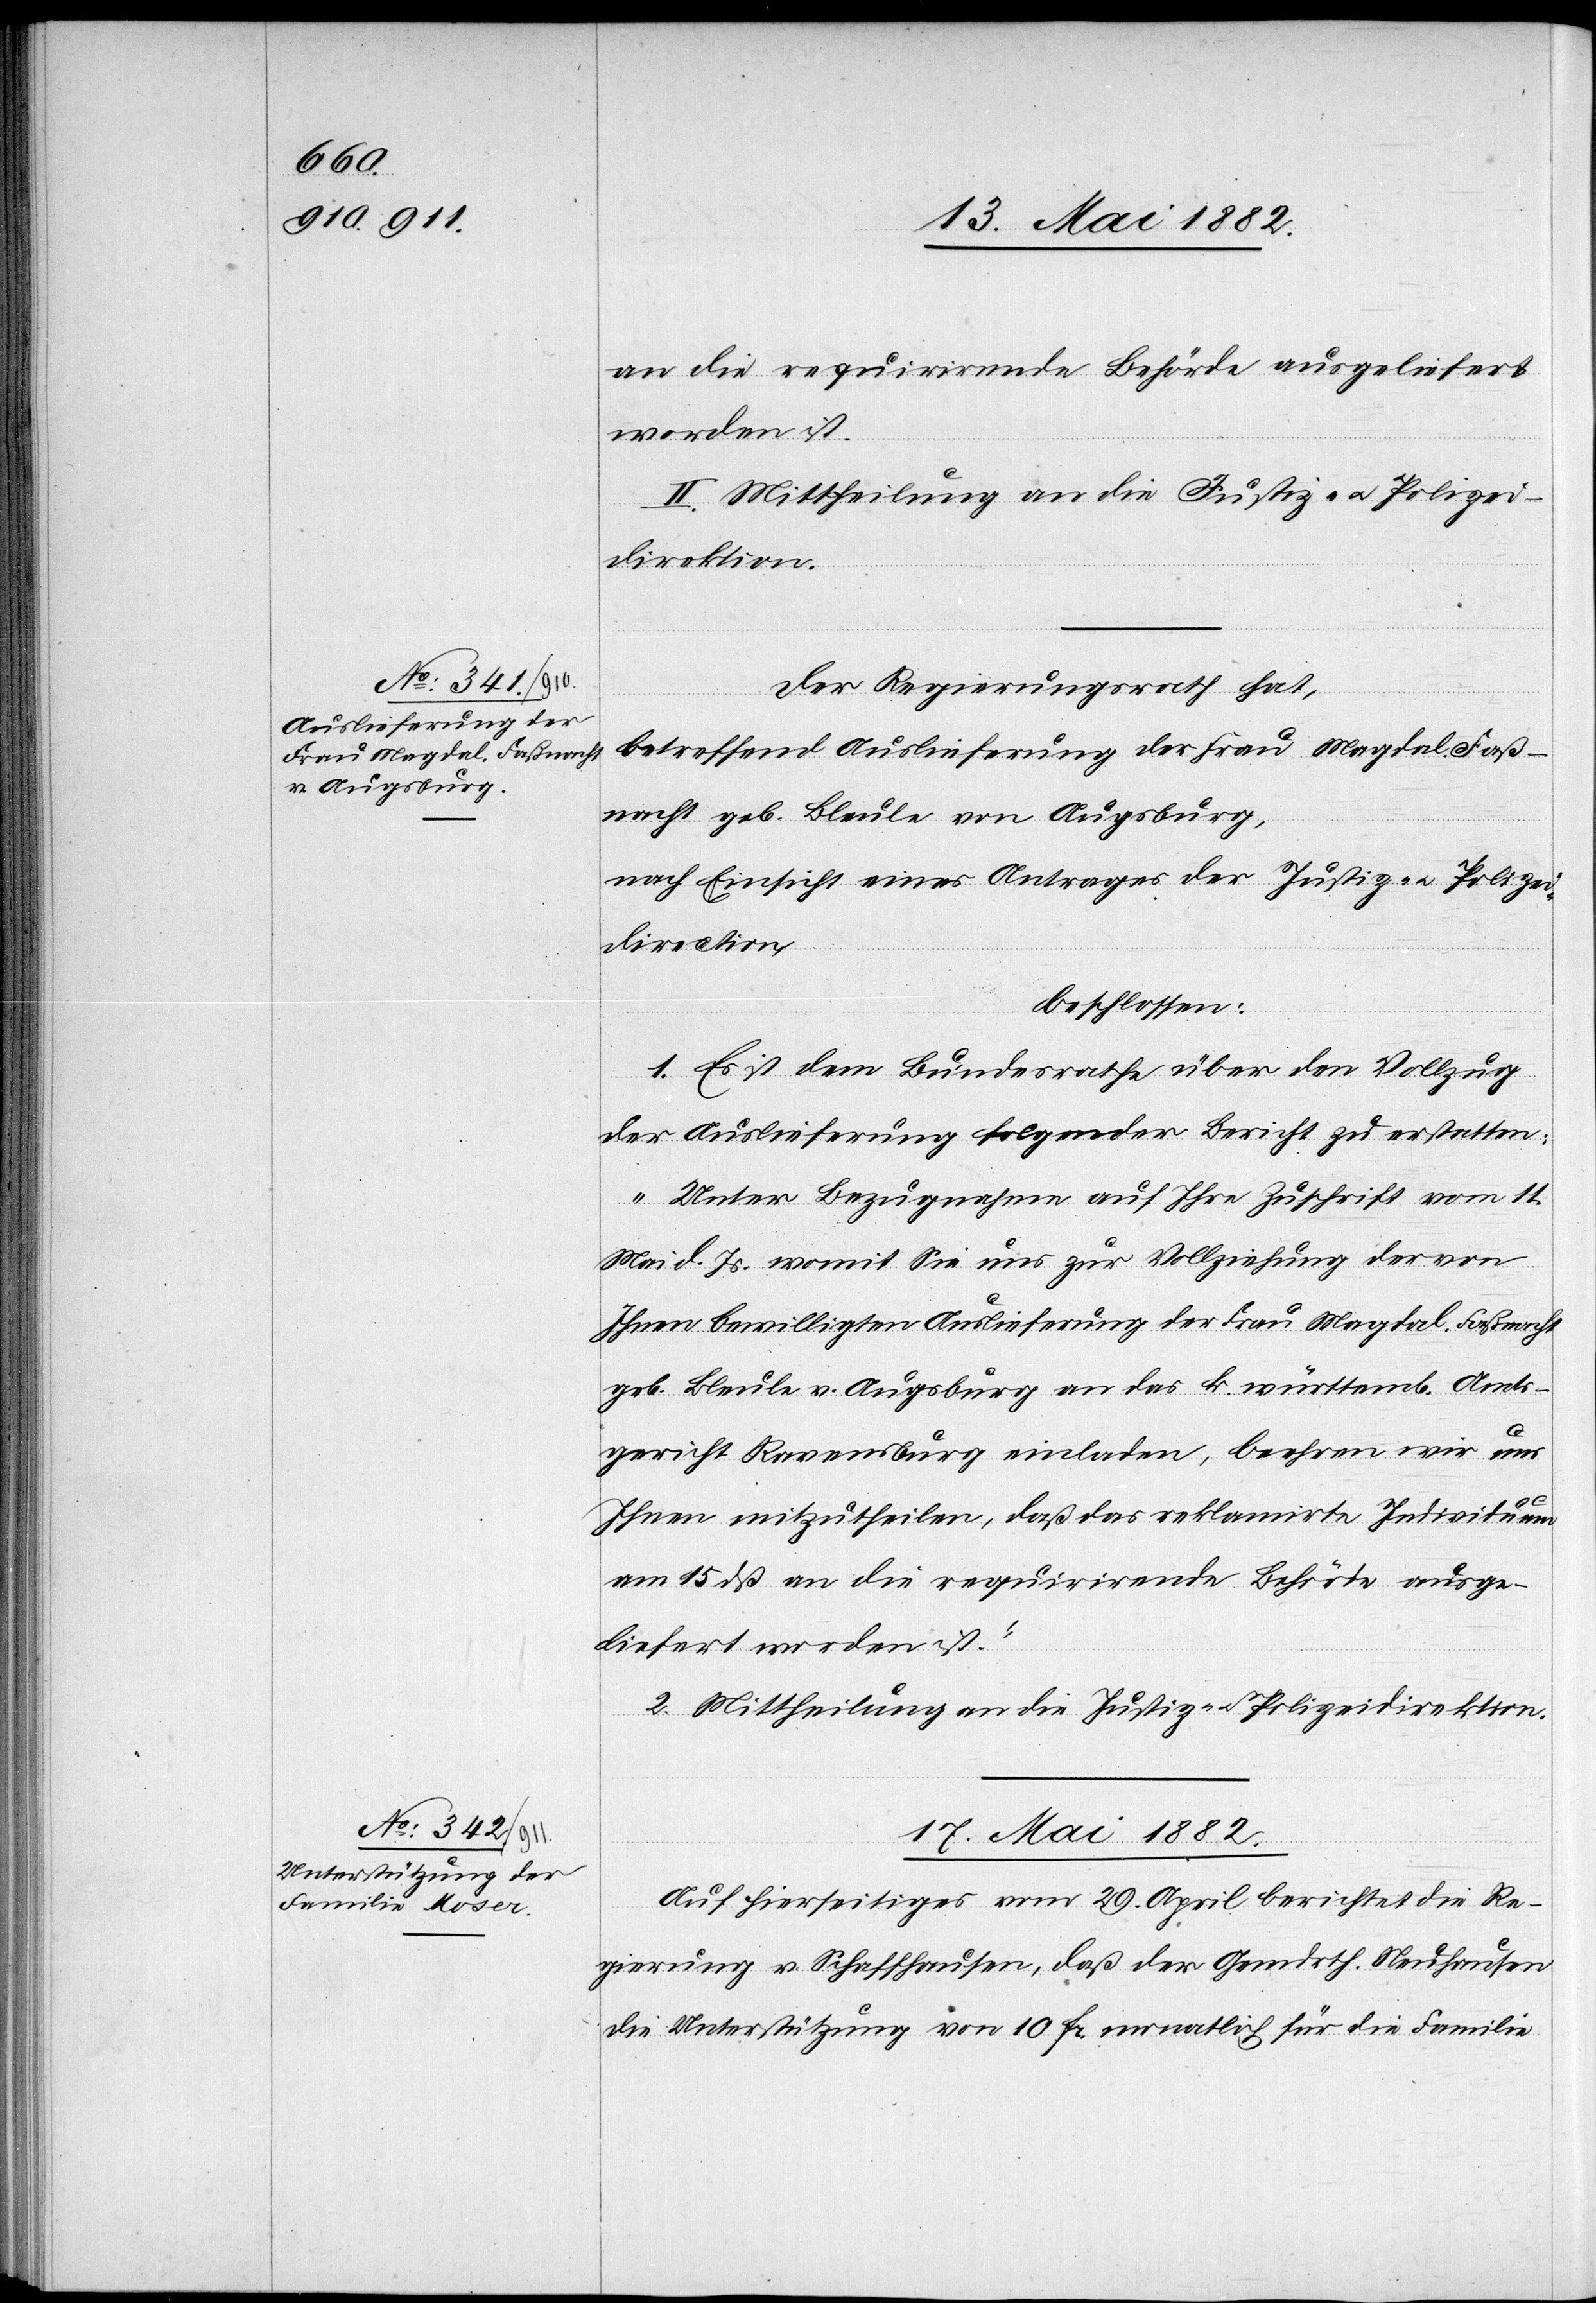
an die requirirende Behörde ausgeliefert
worden ist.“
II. Mittheilung an die Justiz- u. Polizei¬
direktion.
Der Regierungsrath hat,
betreffend Auslieferung der Frau Magdal. Faß¬
nacht geb. Bleule von Augsburg,
nach Einsicht eines Antrages der Justiz- u Polizei¬
direction,
beschlossen:
1. Es ist dem Bundesrathe über den Vollzug
der Auslieferung folgender Bericht zu erstatten:
„Unter Bezugnahme auf Ihre Zuschrift vom 11.
Mai d. Js. womit Sie uns zur Vollziehung der von
Ihnen bewilligten Auslieferung der Frau Magdal. Faßnacht
geb. Bleule v. Augsburg an das k. württemb. Amts¬
gericht Ravensburg einladen, beehren wird uns
Ihnen mitzutheilen, daß das reklamirte Individuum
am 15. dß. an die requirirende Behörde ausge¬
liefert worden ist.“
2. Mittheilung an die Justiz- u. Polizeidirektion.
17. Mai 1882.
Auf hierseitiges vom 29. April berichtet die Re¬
gierung v. Schaffhausen, das der Gemdrth. Neuhausen
die Unterstützung von 10 Fr. monatlich für die Familie